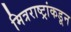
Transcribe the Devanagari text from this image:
मित्रराष्ट्रांकडून